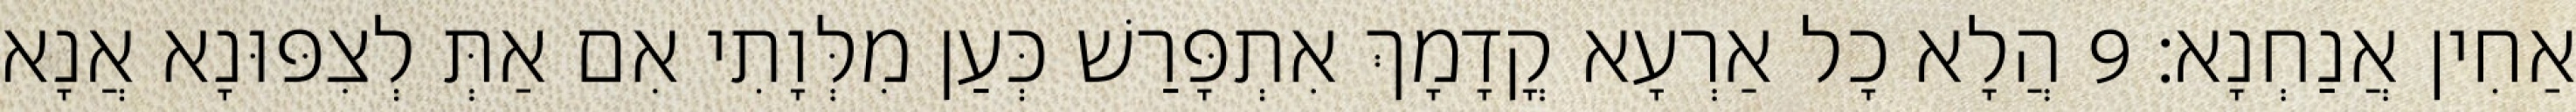
אַחִין אֲנַחְנָא׃ 9 הֲלָא כָל אַרְעָא קֳדָמָךְ אִתְפָּרַשׁ כְּעַן מִלְּוָתִי אִם אַתְּ לְצִפּוּנָא אֲנָא